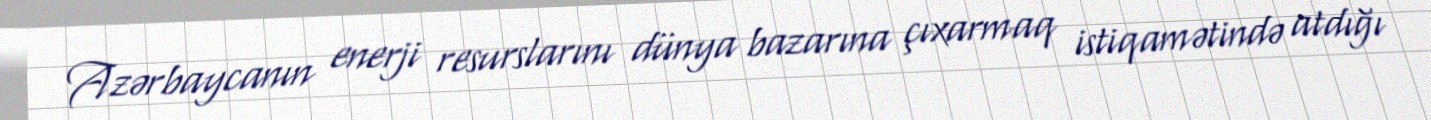
Azərbaycanın enerji resurslarını dünya bazarına çıxarmaq istiqamətində atdığı